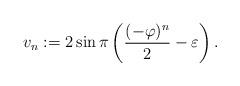
LaTeX: \begin{align*} v_n:=2\sin \pi \left(\frac{(-\varphi)^{n}}{2} - \varepsilon\right).\end{align*}